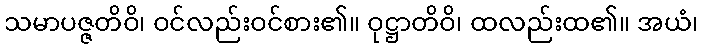
သမာပဇ္ဇတိဝိ၊ ဝင်လည်းဝင်စား၏။ ဝုဋ္ဌာတိဝိ၊ ထလည်းထ၏။ အယံ၊